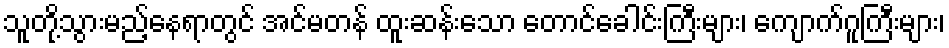
သူတို့သွားမည့်နေရာတွင် အင်မတန် ထူးဆန်းသော တောင်ခေါင်းကြီးများ၊ ကျောက်ဂူကြီးများ၊